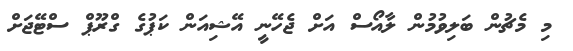
މި މެޗުން ބަލިވުމުން ލާއޯސް އަށް ޖެހޭނީ އޭޝިއަން ކަޕުގެ ގްރޫޕް ސްޓޭޖަށް